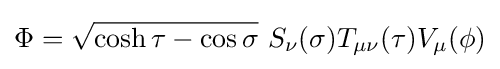
\Phi ={\sqrt {\cosh \tau -\cos \sigma }}\,\,S_{\nu }(\sigma )T_{\mu \nu }(\tau )V_{\mu }(\phi )